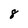
Character: 8